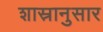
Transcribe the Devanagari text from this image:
शास्रानुसार